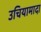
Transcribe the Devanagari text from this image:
उचियामादा